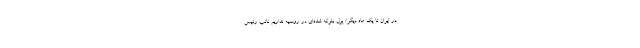
در ایران تا یک ماه دیگر/ پول بلوکه شده‌ای در روسیه نداریم نائب رئیس